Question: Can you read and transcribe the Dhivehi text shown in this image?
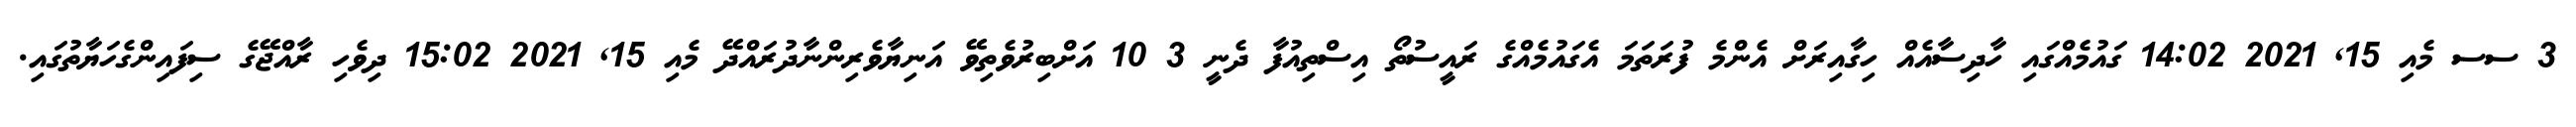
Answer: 3 ސސ މެއި 15, 2021 14:02 ގައުމެއްގައި ހާދިސާއެއް ހިގާއިރަށް އެންމެ ފުރަތަމަ އެގައުމެއްގެ ރައީސުތޯ އިސްތިއުފާ ދެނީ 3 10 އަށްބިރުވެތިވޭ އަނިޔާވެރިންނާދުރައްދޭ މެއި 15, 2021 15:02 ދިވެހި ރާއްޖޭގެ ސިފައިންގެހަޔާތުގައި.